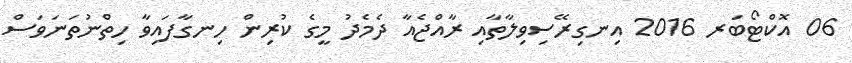
06 އޮކްޓޯބަރ 2016 އިނގިރޭސިވިލާތާއި ރާއްޖެއާ ދެމެދު މީގެ ކުރިން ހިނގާފައިވާ ހިތްނުތަނަވަސް